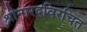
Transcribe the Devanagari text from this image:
श्रीनारदविरचित